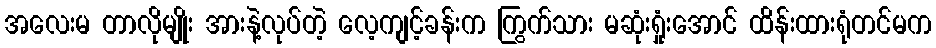
အလေးမ တာလိုမျိုး အားနဲ့လုပ်တဲ့ လေ့ကျင့်ခန်းက ကြွက်သား မဆုံးရှုံးအောင် ထိန်းထားရုံတင်မက